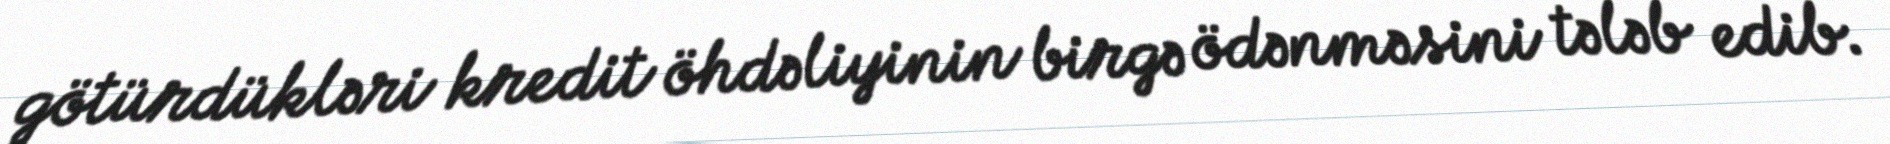
götürdükləri kredit öhdəliyinin birgə ödənməsini tələb edib.